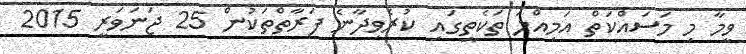
ވީމާ މި މަސައްކަތް އަމިއްލަ ތަކެތީގައި ކުރެވިދާނެ ފަރާތްތަކުން 25 ޖަނަވަރީ 2015